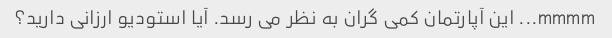
mmmm... این آپارتمان کمی گران به نظر می رسد. آیا استودیو ارزانی دارید؟